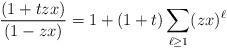
LaTeX: \begin{align*}\frac{(1+tzx)}{(1-zx)} = 1 + (1+t)\sum_{\ell \geq 1} (zx)^\ell\end{align*}